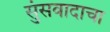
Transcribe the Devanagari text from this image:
सुंसवादाचा